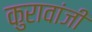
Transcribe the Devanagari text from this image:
कुरावांजी